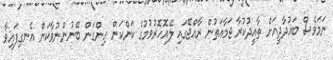
ނަމަވެސް ބަޣުދާދީއަށް ތާއީދުކުރާ ޖަމާއަތުން ރާއްޖޭގައި ލޭއޮހޮރުވުމުގެ ކަންކަން ހިންގަން ބޭނުންނުވާކަން އެނގިފައިވާ